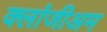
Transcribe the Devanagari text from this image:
क्लांजीअम